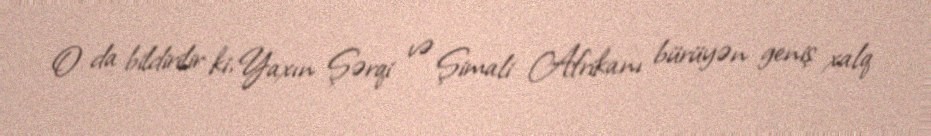
O da bildirilir ki, Yaxın Şərqi və Şimali Afrikanı bürüyən geniş xalq